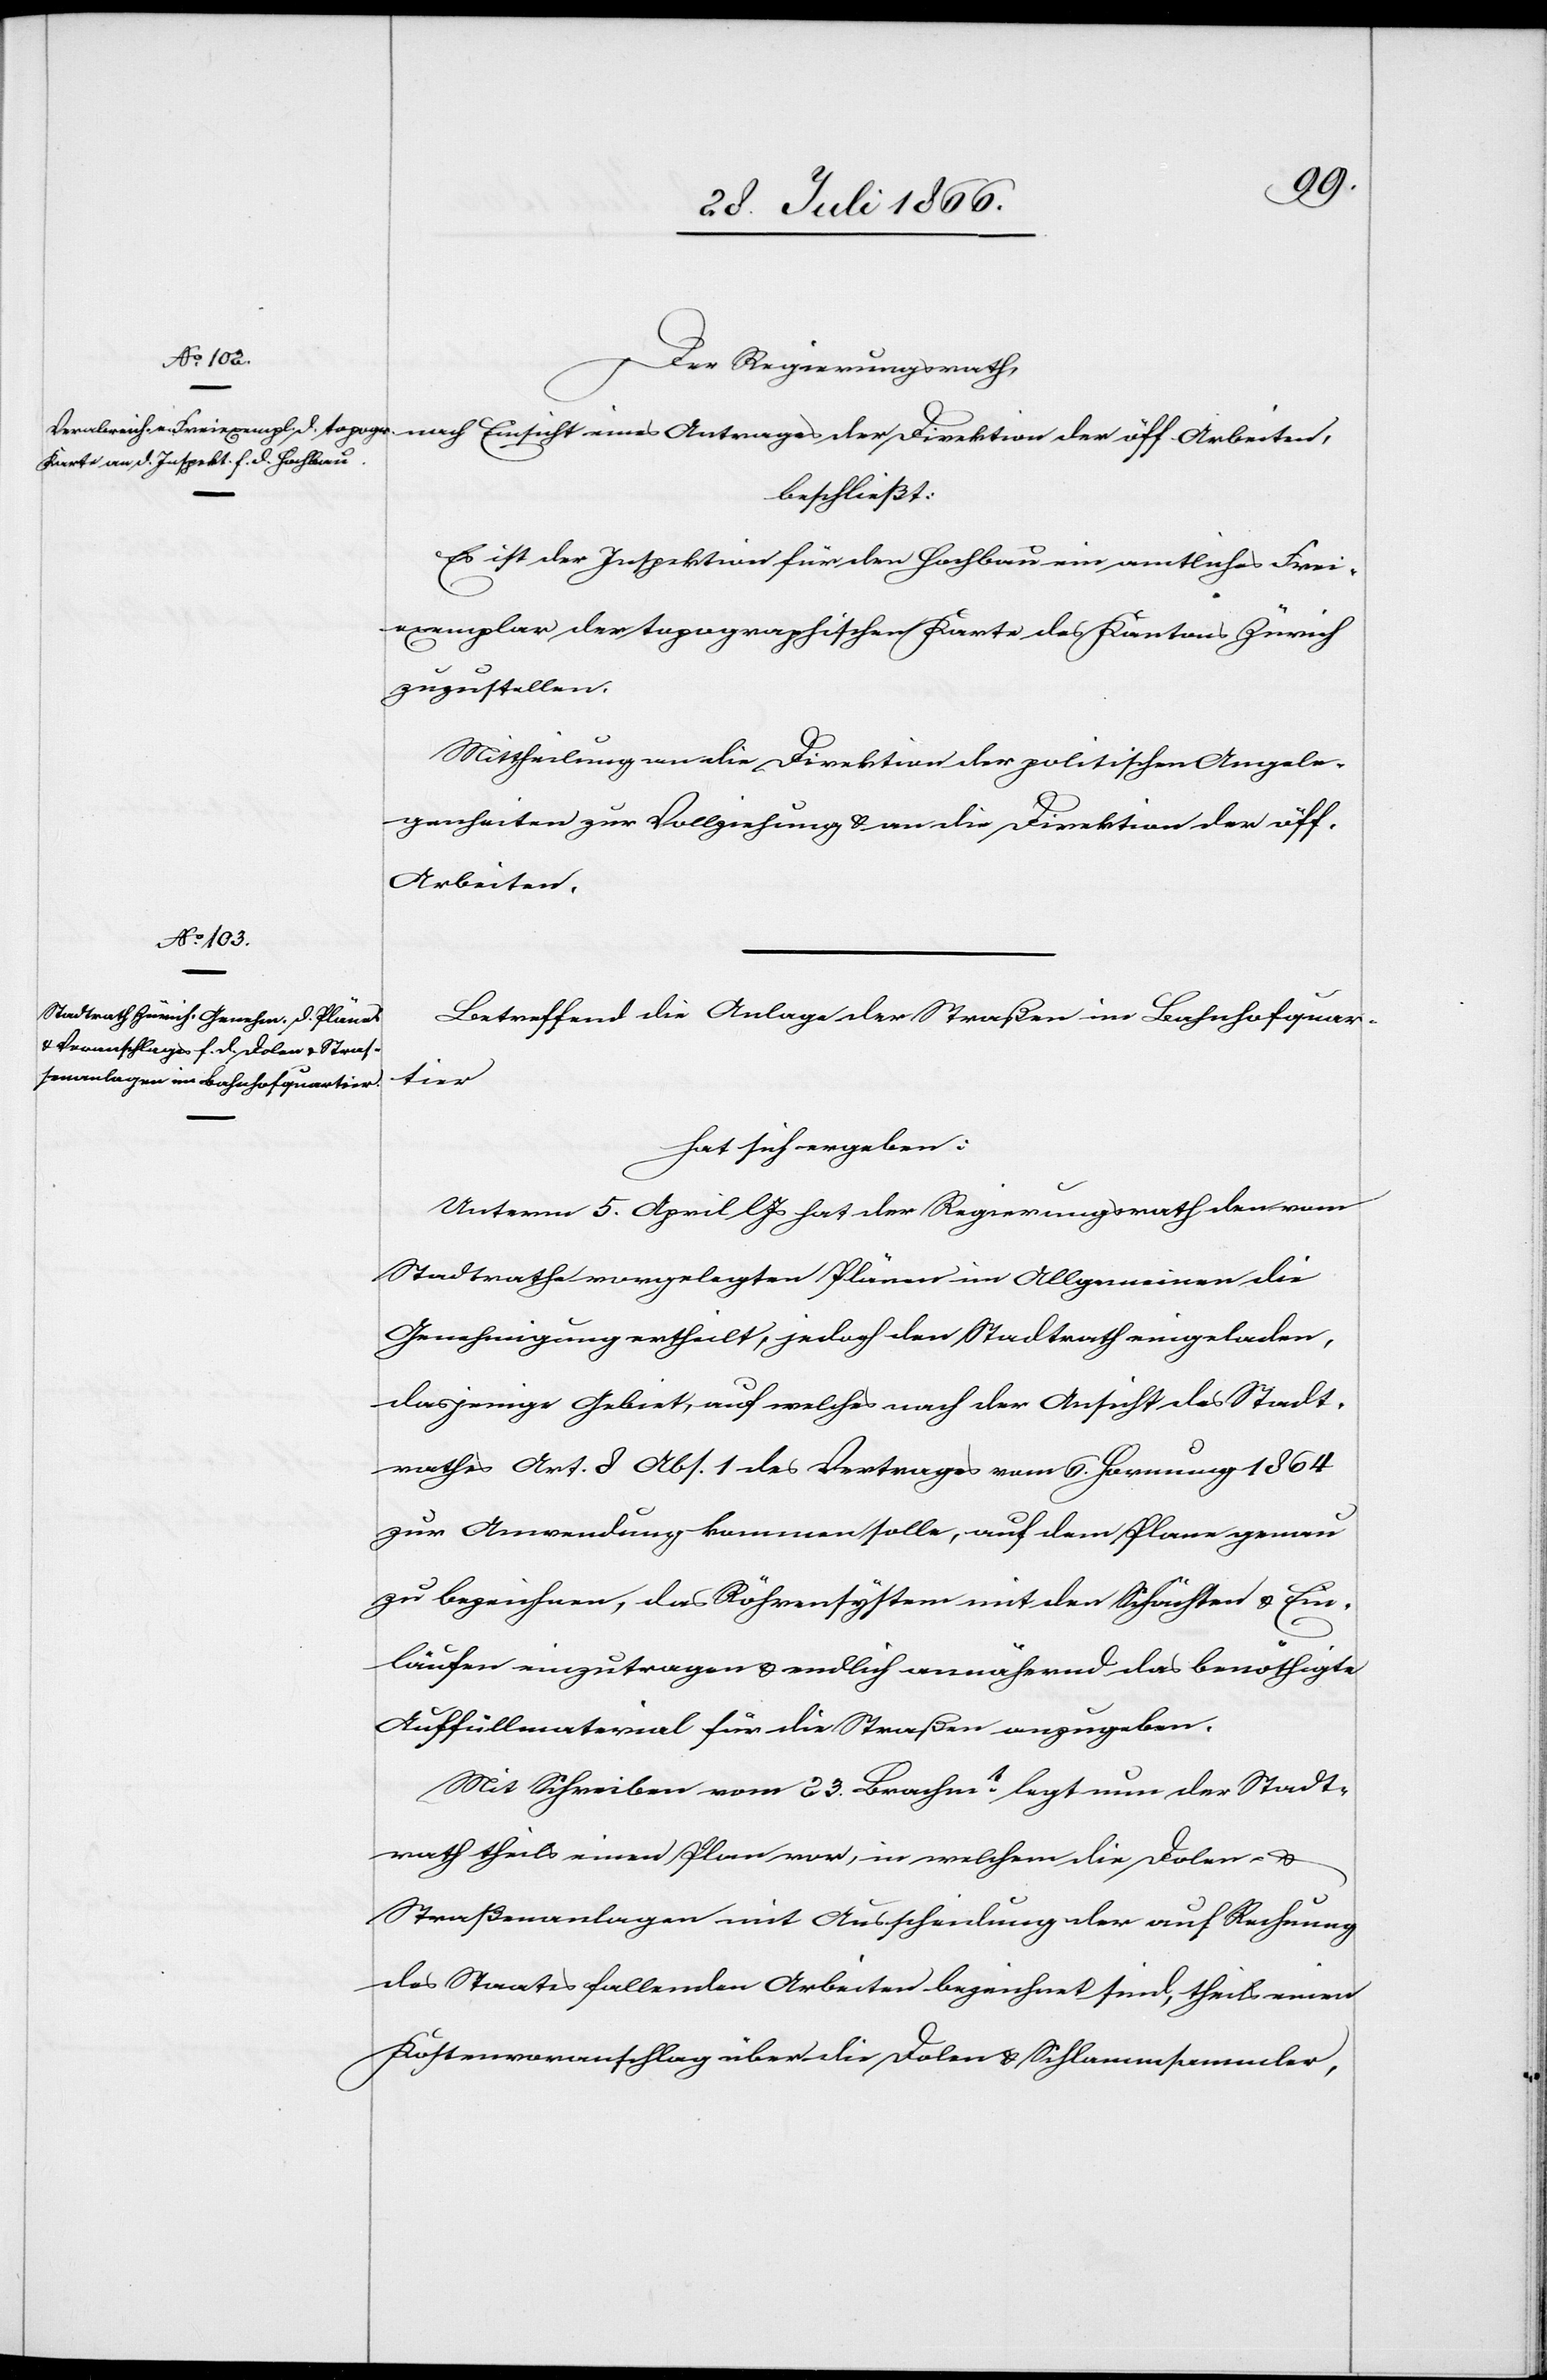
Der Regierungsrath,
nach Einsicht eines Antrages der Direktion der öff. Arbeiten,
beschließt:
Es ist der Inspektion für den Hochbau ein amtliches Frei¬
exemplar der topographischen Karte des Kantons Zürich
zuzustellen.
Mittheilung an die Direktion der politischen Angele¬
genheiten zur Vollziehung u. an die Direktion der öff.
Arbeiten.
Betreffend die Anlage der Straßen im Bahnhofsquar¬
tier
hat sich ergeben:
Unterm 5. April l Js hat der Regierungsrath den vom
Stadtrathe vorgelegten Plänen im Allgemeinen die
Genehmigung ertheilt, jedoch den Stadtrath eingeladen,
dasjenige Gebiet, auf welches nach der Ansicht des Stadt¬
rathes Art. [?8] Abs. 1 des Vertrages vom 6. Hornung 1864
zur Anwendung kommen sollte, auf dem Plane genau
zu bezeichnen, das Röhrensystem mit den Schleussen u. Ein¬
läufen einzutragen u. endlich annähernd das benöthigte
Auffüllmaterial für die Straßen anzugeben.
Mit Schreiben vom 23. Brachm. l. [Jahres] legt nun der Stadt¬
rath theils einen Plan vor, in welchem die Dolen- u.
Straßenanlagen mit Ausscheidung der auf Rechnung
des Staats fallenden Arbeiten bezeichnet sind, theils einen
Kostenvoranschlag über die Dolen- u. Schlammsammler,